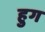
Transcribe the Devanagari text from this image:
हुग